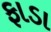
ફાડા